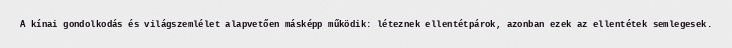
A kínai gondolkodás és világszemlélet alapvetően másképp működik: léteznek ellentétpárok, azonban ezek az ellentétek semlegesek.